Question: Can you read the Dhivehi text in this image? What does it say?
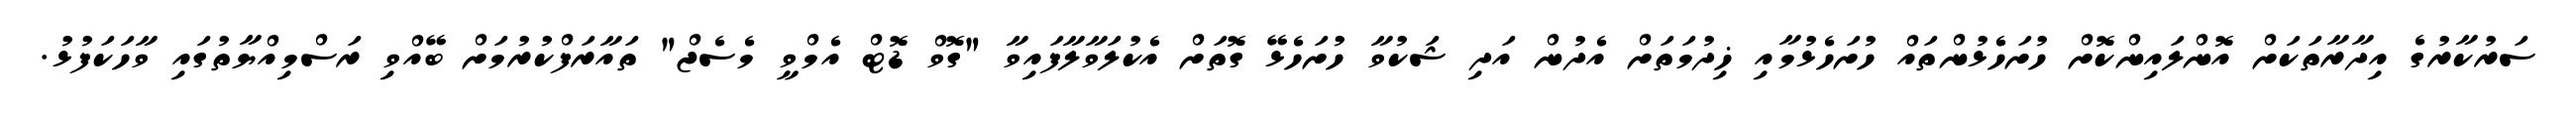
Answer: ސަރުކާރުގެ އިދާރާތަކަށް އޮންލައިންކޮށް ހުށަހެޅުންތައް ހުށަހެޅުމާއި ޚިދުމަތަށް އެދުން އަދި ޝަކުވާ ހުށަހެޅޭ ގޮތަށް އެކުލަވާލާފައިވާ "ގޮވް ޑޮޓް އެމްވީ މެސެޖް" ތައާރަފްކުރުމަށް ބޭއްވި ރަސްމިއްޔާތުގައި ވާހަކަފުޅު.